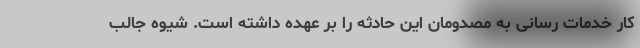
کار خدمات رسانی به مصدومان این حادثه را بر عهده داشته است. شیوه جالب